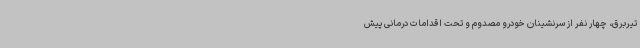
تیربرق، چهار نفر از سرنشینان خودرو مصدوم و تحت اقدامات درمانی پیش